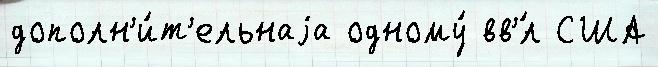
дополн'и́т'ельнаjа одному́ вв'́л США